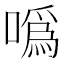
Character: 噅